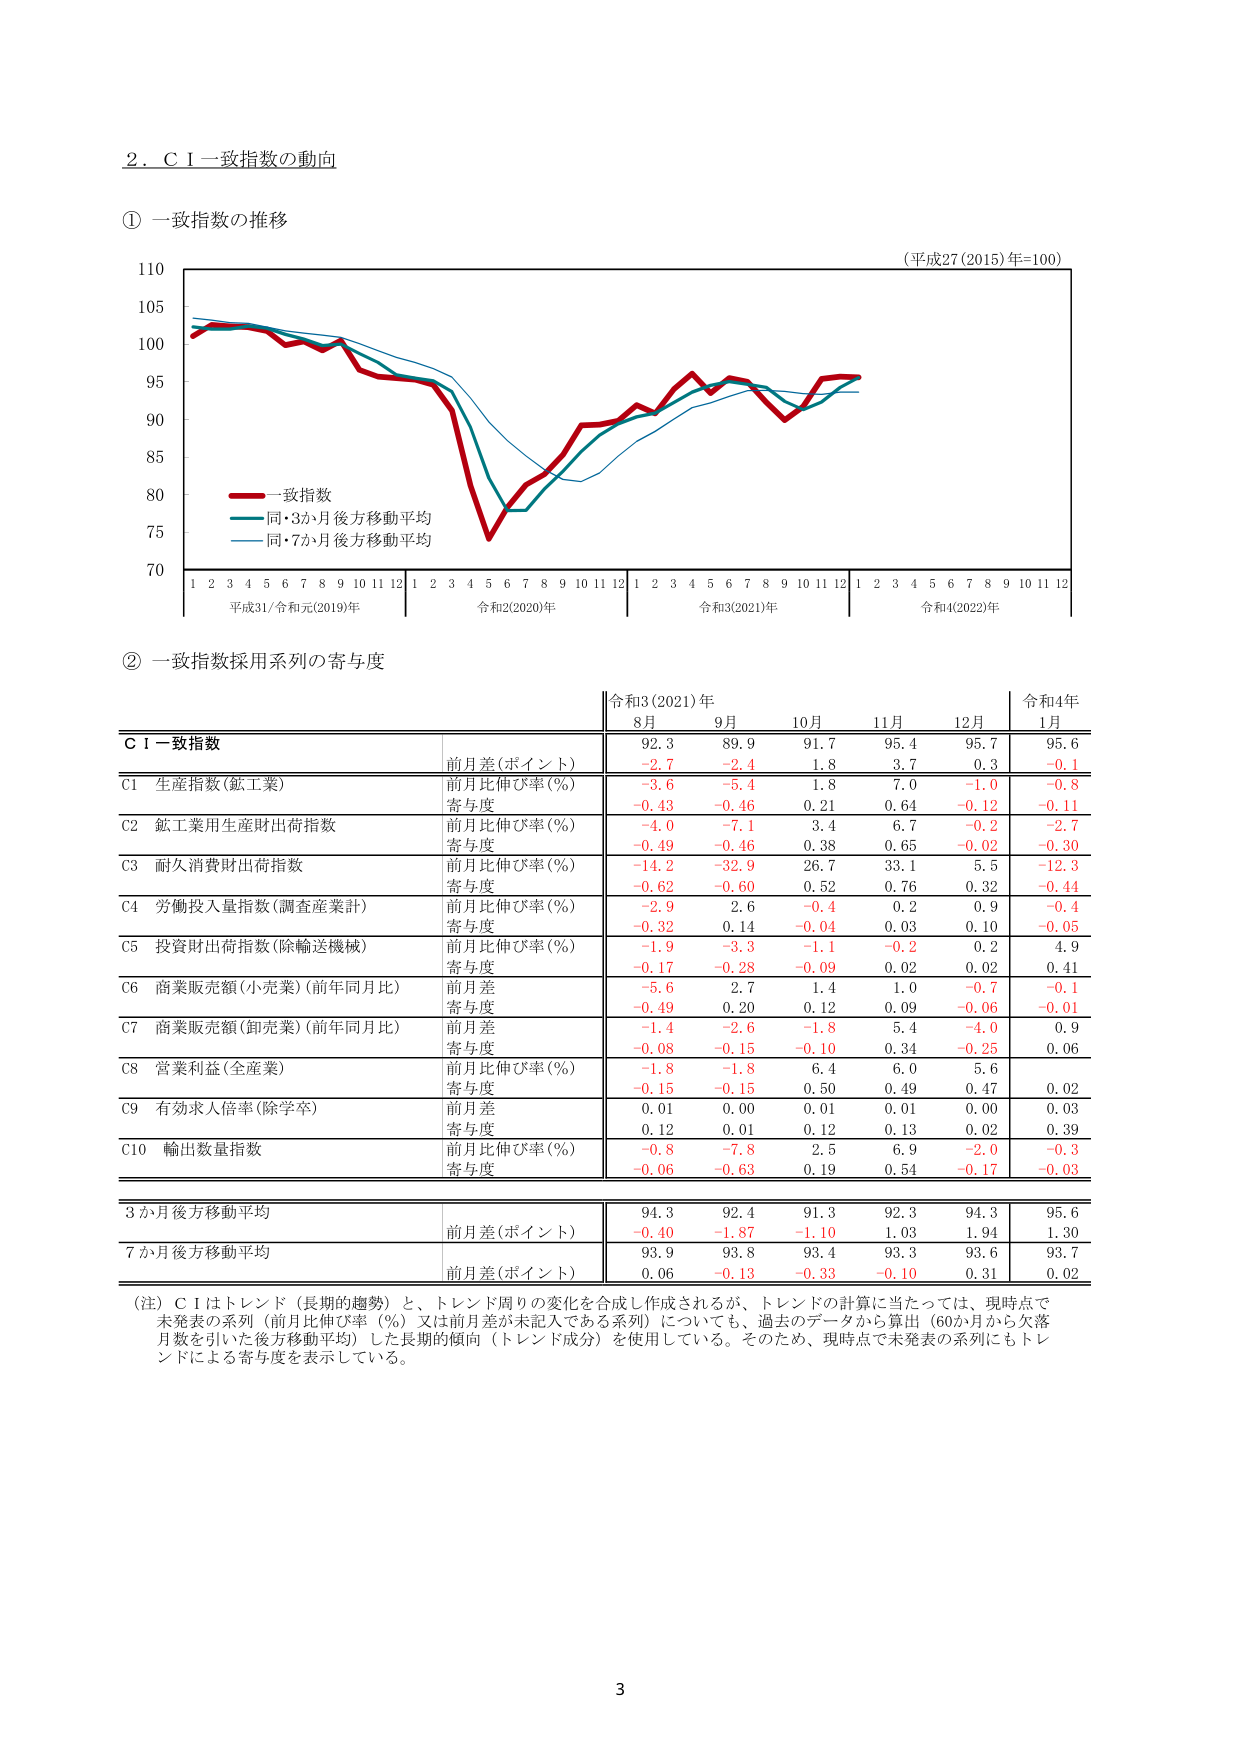
2．ＣＩ一致指数の動向

① 一致指数の推移

（平成27(2015)年=100）

110
105
100
95
90
85
80
75
70

一致指数
同・3か月後方移動平均
同・7か月後方移動平均

1 2 3 4 5 6 7 8 9 10 11 12
平成31/令和元(2019)年

1 2 3 4 5 6 7 8 9 10 11 12
令和2(2020)年

1 2 3 4 5 6 7 8 9 10 11 12
令和3(2021)年

1 2 3 4 5 6 7 8 9 10 11 12
令和4(2022)年

② 一致指数採用系列の寄与度

令和3(2021)年
8月 9月 10月 11月 12月
令和4年
1月

ＣＩ一致指数
前月差(ポイント)
92.3 89.9 91.7 95.4 95.7 95.6
-2.7 -2.4 1.8 3.7 0.3 -0.1

C1 生産指数(鉱工業)
前月比伸び率(%)
-3.6 -5.4 1.8 7.0 -1.0 -0.8
寄与度
-0.43 -0.46 0.21 0.64 -0.12 -0.11

C2 鉱工業用生産財出荷指数
前月比伸び率(%)
-4.0 -7.1 3.4 6.7 -0.2 -2.7
寄与度
-0.49 -0.46 0.38 0.65 -0.02 -0.30

C3 耐久消費財出荷指数
前月比伸び率(%)
-14.2 -32.9 26.7 33.1 5.5 -12.3
寄与度
-0.62 -0.60 0.52 0.76 0.32 -0.44

C4 労働投入量指数(調査産業計)
前月比伸び率(%)
-2.9 2.6 -0.4 0.2 0.9 -0.4
寄与度
-0.32 0.14 -0.04 0.03 0.10 -0.05

C5 投資財出荷指数(除輸送機械)
前月比伸び率(%)
-1.9 -3.3 -1.1 -0.2 0.2 4.9
寄与度
-0.17 -0.28 -0.09 0.02 0.02 0.41

C6 商業販売額(小売業)(前年同月比)
前月差
-5.6 2.7 1.4 1.0 -0.7 -0.1
寄与度
-0.49 0.20 0.12 0.09 -0.06 -0.01

C7 商業販売額(卸売業)(前年同月比)
前月差
-1.4 -2.6 -1.8 5.4 -4.0 0.9
寄与度
-0.08 -0.15 -0.10 0.34 -0.25 0.06

C8 営業利益(全産業)
前月比伸び率(%)
-1.8 -1.8 6.4 6.0 5.6
寄与度
-0.15 -0.15 0.50 0.49 0.47 0.02

C9 有効求人倍率(除学卒)
前月差
0.01 0.00 0.01 0.01 0.00 0.03
寄与度
0.12 0.01 0.12 0.13 0.02 0.39

C10 輸出数量指数
前月比伸び率(%)
-0.8 -7.8 2.5 6.9 -2.0 -0.3
寄与度
-0.06 -0.63 0.19 0.54 -0.17 -0.03

3か月後方移動平均
前月差(ポイント)
94.3 92.4 91.3 92.3 94.3 95.6
-0.40 -1.87 -1.10 1.03 1.94 1.30

7か月後方移動平均
前月差(ポイント)
93.9 93.8 93.4 93.3 93.6 93.7
0.06 -0.13 -0.33 -0.10 0.31 0.02

（注）ＣＩはトレンド（長期的趨勢）と、トレンド周りの変化を合成し作成されるが、トレンドの計算に当たっては、現時点で未発表の系列（前月比伸び率（%）又は前月差が未記入である系列）についても、過去のデータから算出（60か月から欠落月数を引いた後方移動平均）した長期的傾向（トレンド成分）を使用している。そのため、現時点で未発表の系列にもトレンドによる寄与度を表示している。

3